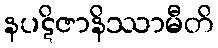
နပဋိဇာနိဿာမီတိ